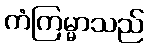
ကံကြမ္မာသည်